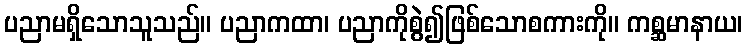
ပညာမရှိသောသူသည်။ ပညာကထာ၊ ပညာကိုစွဲ၍ဖြစ်သောစကားကို။ ကစ္ဆမာနာယ၊